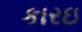
કારઇ